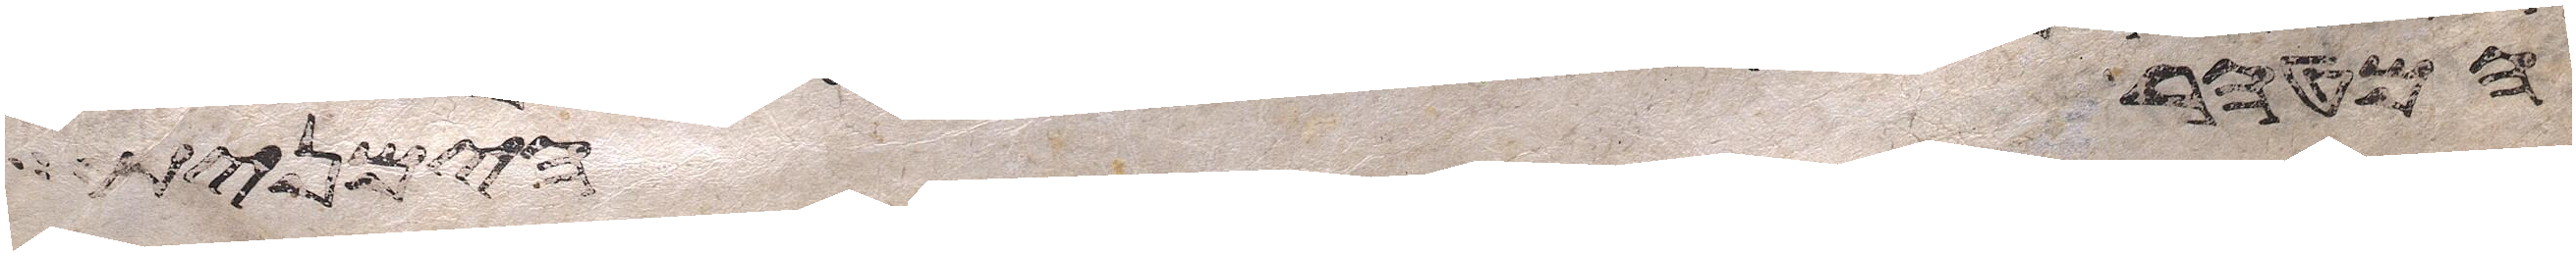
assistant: המטהר הימנית